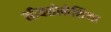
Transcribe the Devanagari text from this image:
सीयसोनेशिया